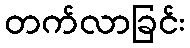
တက်လာခြင်း